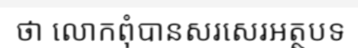
ថា លោកពុំបានសរសេរអត្ថបទ